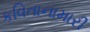
કવિતાનામારી